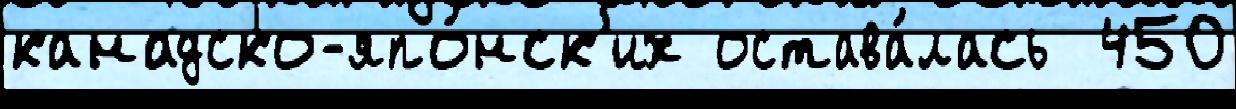
канадско-япо́нск'их остава́лась  450